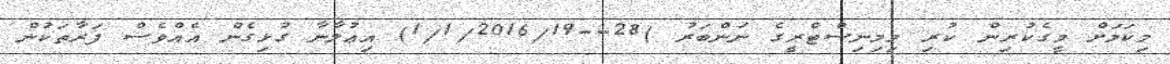
މިކަމަށް މީގެކުރިން ކުރި މިމިނިސްޓްރީގެ ނަންބަރު )28--1/1/2016/19) އިޢުލާނާ ގުޅިގެން އެއްވެސް ފަރާތަކުން